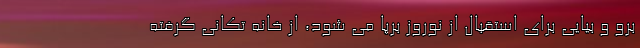
برو و بیایی برای استقبال از نوروز برپا می شود، از خانه تکانی گرفته